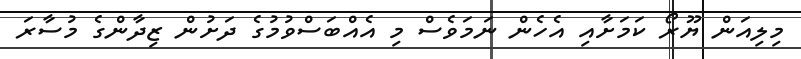
މިލިއަން ޔޫރޯ ކަމަށާއި އެހެން ނަމަވެސް މި އެއްބަސްވުމުގެ ދަށުން ޒިދާންގެ މުސާރަ